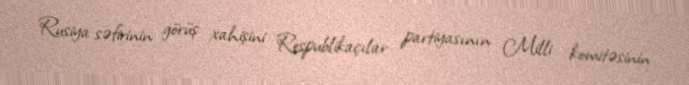
Rusiya səfirinin görüş xahişini Respublikaçılar partiyasının Milli komitəsinin